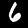
Label: 6